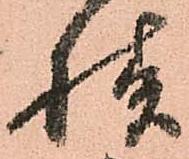
様